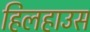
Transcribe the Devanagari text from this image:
हिलहाउस